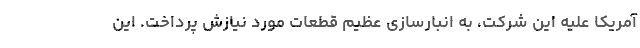
آمریکا علیه این شرکت، به انبارسازی عظیم قطعات مورد نیازش پرداخت. این